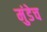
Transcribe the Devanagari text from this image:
मुंडेच